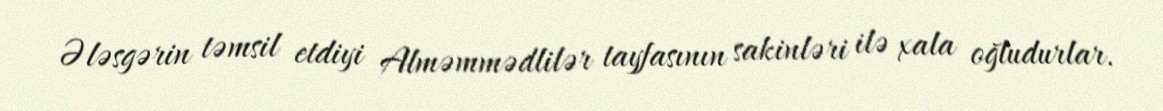
Ələsgərin təmsil etdiyi Alməmmədlilər tayfasının sakinləri ilə xala oğludurlar.